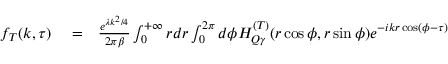
\begin{array} { r l r } { f _ { T } ( k , \tau ) } & { { } = } & { \frac { e ^ { \lambda k ^ { 2 } / 4 } } { 2 \pi \beta } \int _ { 0 } ^ { + \infty } r d r \int _ { 0 } ^ { 2 \pi } d \phi H _ { Q \gamma } ^ { ( T ) } ( r \cos \phi , r \sin \phi ) e ^ { - i k r \cos ( \phi - \tau ) } } \end{array}